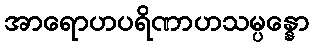
အာရောဟပရိဏာဟသမ္ပန္နော